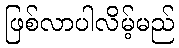
ဖြစ်လာပါလိမ့်မည်